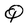
Character: Q